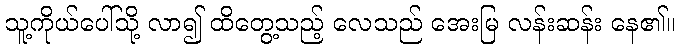
သူ့ကိုယ်ပေါ်သို့ လာ၍ ထိတွေ့သည့် လေသည် အေးမြ လန်းဆန်း နေ၏။